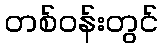
တစ်ဝန်းတွင်